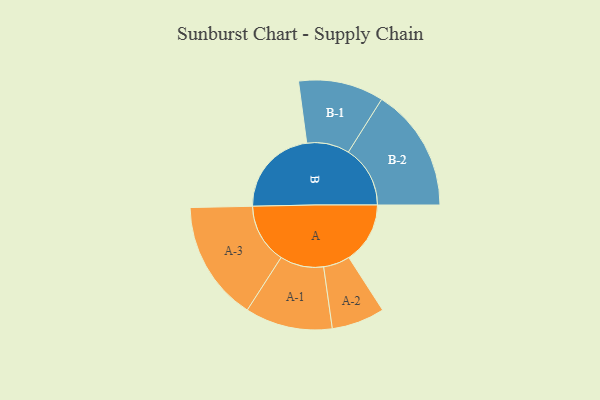
{"axis": {"x": "Segment", "y": "Value"}, "legend": ["", "A", "B"], "data": [{"x": "A", "y": 293, "type": ""}, {"x": "B", "y": 428, "type": ""}, {"x": "A-1", "y": 209, "type": "A"}, {"x": "A-2", "y": 127, "type": "A"}, {"x": "A-3", "y": 287, "type": "A"}, {"x": "B-1", "y": 204, "type": "B"}, {"x": "B-2", "y": 296, "type": "B"}]}